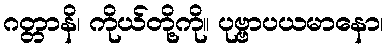
ဂတ္တာနိ၊ ကိုယ်တို့ကို။ ပုဗ္ဗာပယမာနော၊